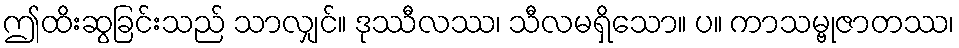
ဤထိးဆွခြင်းသည် သာလျှင်။ ဒုဿီလဿ၊ သီလမရှိသော။ ပ။ ကာသမ္ဗုဇာတဿ၊